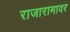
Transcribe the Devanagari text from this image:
राजारामावर